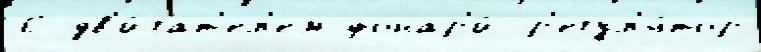
6 дв'и́гат'ел'ем фонар'и́ р'егул'я́тор